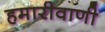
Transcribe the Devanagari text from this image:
हमारीवाणी